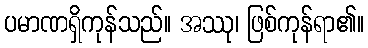
ပမာဏရှိကုန်သည်။ အဿု၊ ဖြစ်ကုန်ရာ၏။